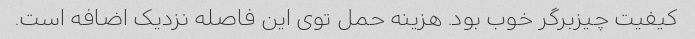
کیفیت چیزبرگر خوب بود. هزینه حمل توی این فاصله نزدیک اضافه است.